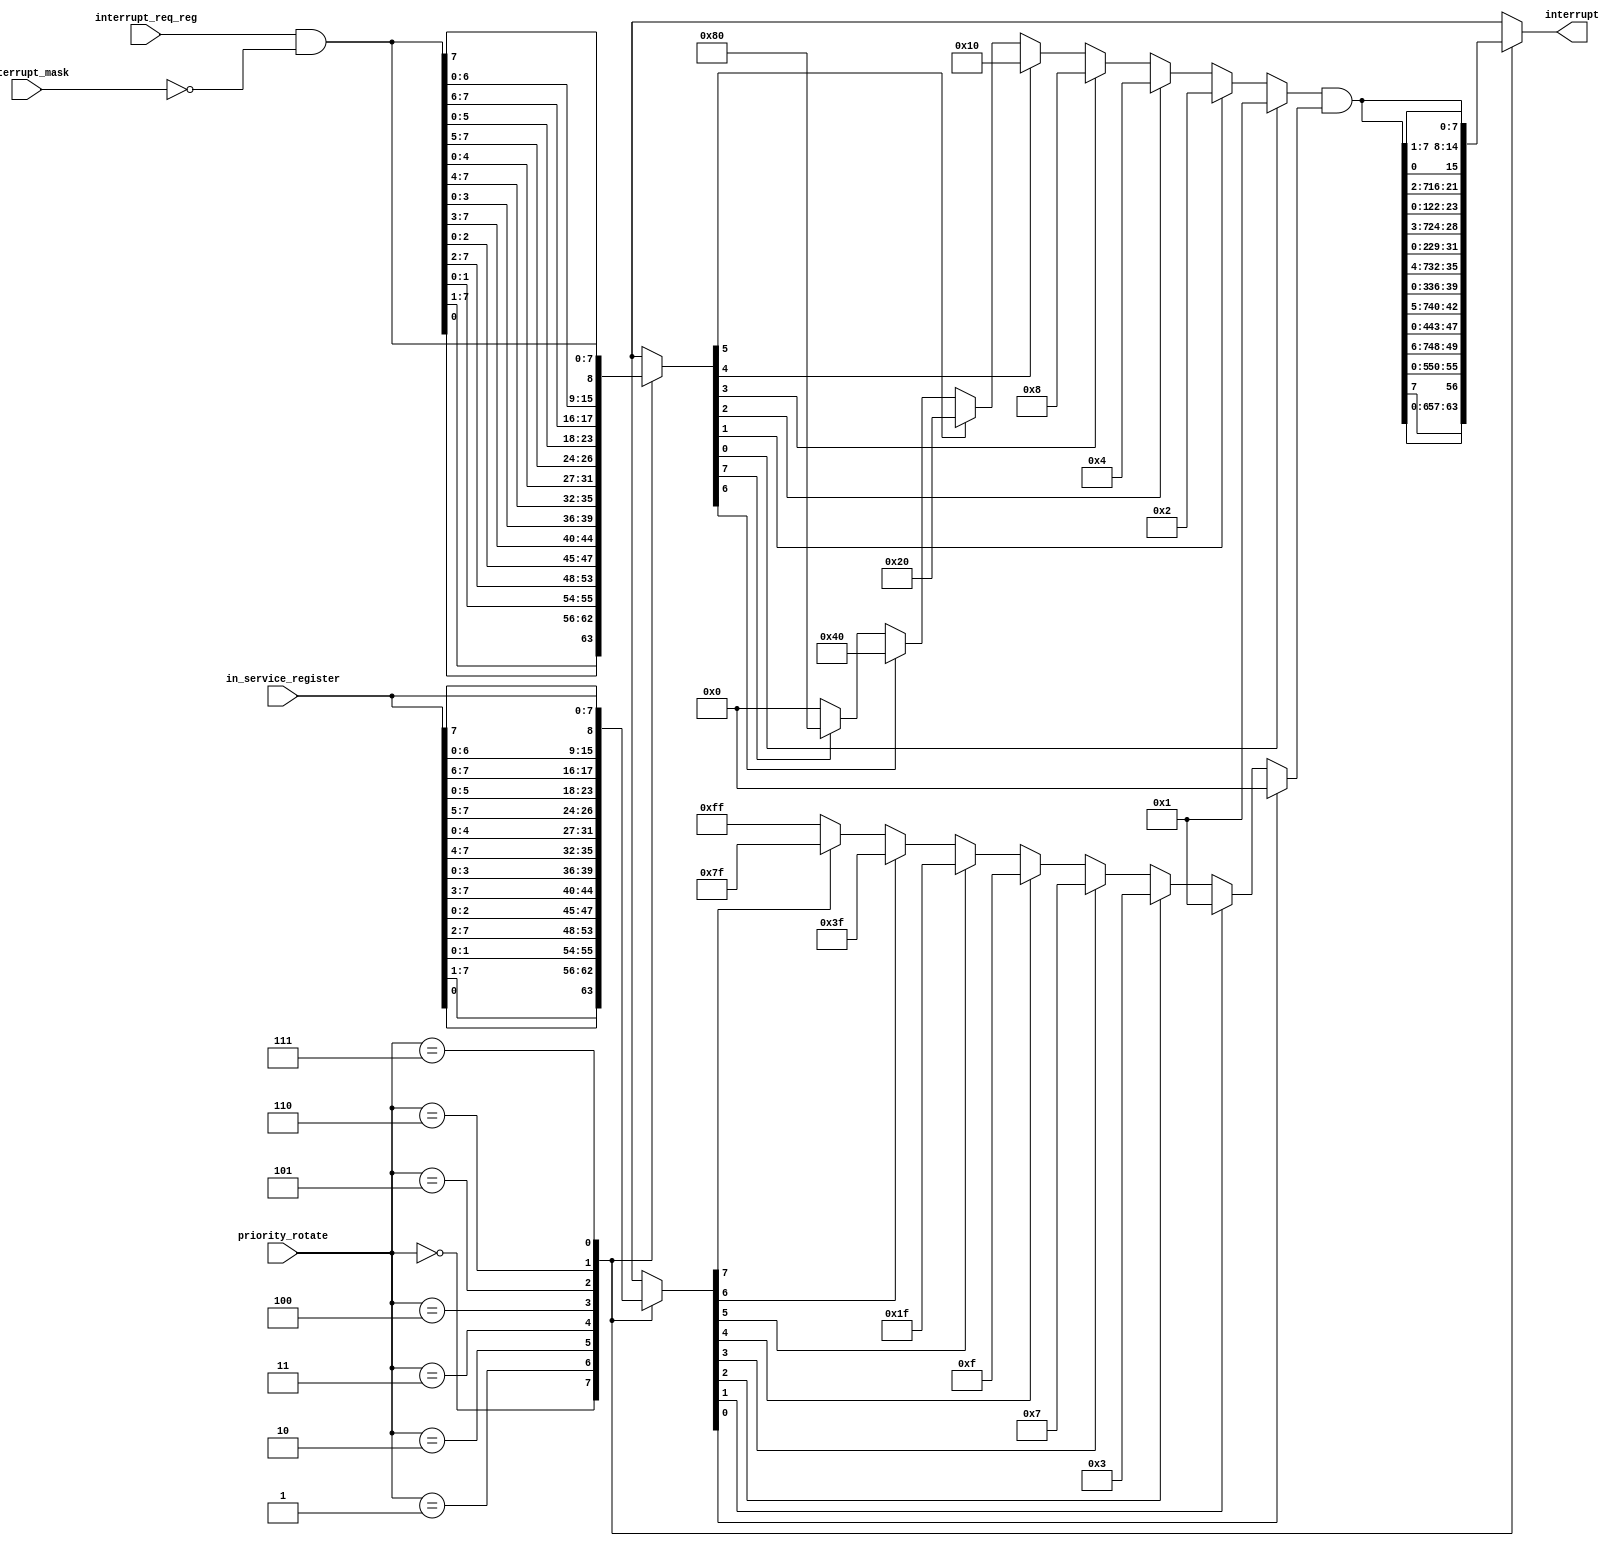
module PriorityResolver(
  
  // Inputs from Control Logic
  input wire [2:0] priority_rotate,
  input wire [7:0] interrupt_mask,
  
  
  // Other Inputs  
  input wire [7:0] interrupt_req_reg,
  input wire [7:0] in_service_register,
  
  //Outputs
  output wire [7:0] interrupt
);
  // Functions
  function  [7:0] rotate(input [7:0] register, input [2:0] rotate_no);
      case (rotate_no)
          3'b000:  rotate = { register[0], register[7:1]}; 
          3'b001:  rotate = { register[1:0], register[7:2]};
          3'b010:  rotate = { register[2:0], register[7:3]};
          3'b011:  rotate = { register[3:0], register[7:4]};
          3'b100:  rotate = { register[4:0], register[7:5]};
          3'b101:  rotate = { register[5:0], register[7:6]};
          3'b110:  rotate = { register[6:0], register[7]};
          3'b111:  rotate = register;
          default: rotate = register;
          endcase
  endfunction


  function  [7:0] un_rotate(input [7:0] register, input [2:0] rotate_no);
      case (rotate_no)
          3'b000:  un_rotate = { register[6:0], register[7]}; 
          3'b001:  un_rotate = { register[5:0], register[7:6]};
          3'b010:  un_rotate = { register[4:0], register[7:5]};
          3'b011:  un_rotate = { register[3:0], register[7:4]};
          3'b100:  un_rotate = { register[2:0], register[7:3]};
          3'b101:  un_rotate = { register[1:0], register[7:2]};
          3'b110:  un_rotate = { register[0],   register[7:1]};
          3'b111:  un_rotate = register;
          default: un_rotate = register;
          endcase
  endfunction

function  [7:0] priority_resolve(input [7:0] register);
    if      (register[0] == 1'b1)        priority_resolve = 8'b00000001;
    else if (register[1] == 1'b1)        priority_resolve = 8'b00000010;
    else if (register[2] == 1'b1)        priority_resolve = 8'b00000100;
    else if (register[3] == 1'b1)        priority_resolve = 8'b00001000;
    else if (register[4] == 1'b1)        priority_resolve = 8'b00010000;
    else if (register[5] == 1'b1)        priority_resolve = 8'b00100000;
    else if (register[6] == 1'b1)        priority_resolve = 8'b01000000;
    else if (register[7] == 1'b1)        priority_resolve = 8'b10000000;
    else                                 priority_resolve = 8'b00000000;
endfunction



  
  ///////// Masked Registers
  wire [7:0] masked_interrupt_req_reg;
  wire [7:0] masked_in_service_register;
    
  assign masked_interrupt_req_reg = interrupt_req_reg & ~interrupt_mask;
  assign masked_in_service_register = in_service_register & ~interrupt_mask;

  
  ///////// Rotation Mode / Fully Nested [priority_rotate = 3'b111 - no rotation]
  wire [7:0] rotated_interrupt_request;
  wire [7:0] rotated_interrupt;
  wire [7:0] rotated_in_service;
  reg [7:0] in_service_priority_mask;

  
  assign rotated_interrupt_request = rotate(masked_interrupt_req_reg, priority_rotate);
  assign rotated_in_service = rotate(in_service_register,priority_rotate);

  always@(rotated_in_service) begin
    if      (rotated_in_service[0] == 1'b1) in_service_priority_mask = 8'b00000000;
    else if (rotated_in_service[1] == 1'b1) in_service_priority_mask = 8'b00000001; 
    else if (rotated_in_service[2] == 1'b1) in_service_priority_mask = 8'b00000011; 
    else if (rotated_in_service[3] == 1'b1) in_service_priority_mask = 8'b00000111; 
    else if (rotated_in_service[4] == 1'b1) in_service_priority_mask = 8'b00001111; 
    else if (rotated_in_service[5] == 1'b1) in_service_priority_mask = 8'b00011111; 
    else if (rotated_in_service[6] == 1'b1) in_service_priority_mask = 8'b00111111; 
    else if (rotated_in_service[7] == 1'b1) in_service_priority_mask = 8'b01111111; 
    else                                    in_service_priority_mask = 8'b11111111;
  end


  assign rotated_interrupt = priority_resolve(rotated_interrupt_request) & in_service_priority_mask;

  assign interrupt = un_rotate(rotated_interrupt, priority_rotate);
  
  
endmodule